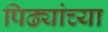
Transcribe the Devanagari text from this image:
पिढ्यांच्‍या